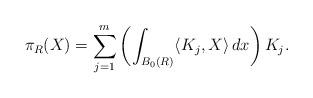
LaTeX: \begin{align*}\pi_R(X)=\sum_{j=1}^m\left(\int_{B_0(R)}\langle K_j, X\rangle\,dx\right)K_j.\end{align*}